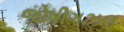
જોષીગઝલ